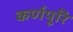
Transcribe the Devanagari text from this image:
कर्णपूरि